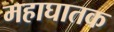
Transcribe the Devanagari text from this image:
महाघातक